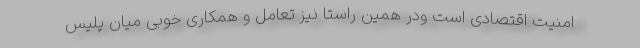
امنیت اقتصادی است ودر همین راستا نیز تعامل و همکاری خوبی میان پلیس